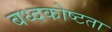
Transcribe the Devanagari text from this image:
बध्दकोष्टता